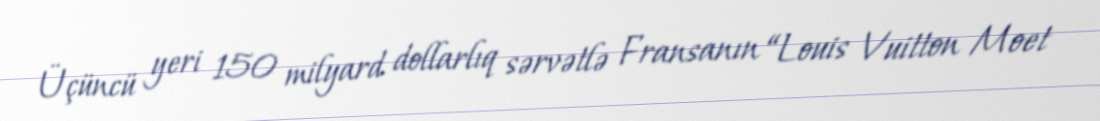
Üçüncü yeri 150 milyard dollarlıq sərvətlə Fransanın “Louis Vuitton Moet